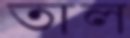
তাল